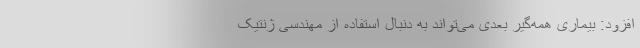
افزود: بیماری همه‌گیر بعدی می‌تواند به دنبال استفاده از مهندسی ژنتیک